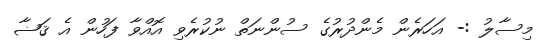
މިސާލު :- އަހަރެން މެންދުރުގެ ސުންނަތް ނުކުރެވި އޮއްވާ ފަހުން އެ ޤަޟާ